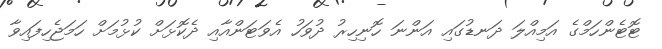
ޓޮޓެންހަމްގެ އަމިއްލަ ދަނޑުގައި އަންނަ ހޮނިހިރު ދުވަހު އެވަޓަންއާއި ދެކޮޅަށް ކުޅުމަށް ހަމަޖެހިފައިވާ